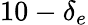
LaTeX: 10-\delta_{e}